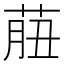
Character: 𦱙